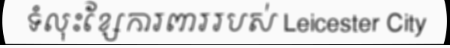
ទំលុះខ្សែការពាររបស់ Leicester City